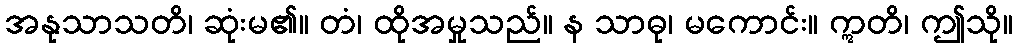
အနုသာသတိ၊ ဆုံးမ၏။ တံ၊ ထိုအမှုသည်။ န သာဓု၊ မကောင်း။ ဣတိ၊ ဤသို။